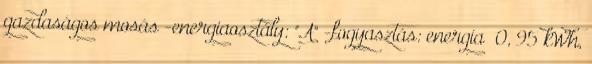
gazdaságos mosás -energiaosztály: "A" -fogyasztás: energia 0, 95 kWh,